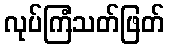
လုပ်ကြံသတ်ဖြတ်